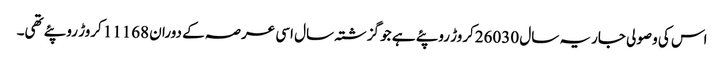
اس کی وصولی جاریہ سال 26030کروڑ روپئے ہے جو گزشتہ سال اسی عرصہ کے دوران 11168کروڑ روپئے تھی۔